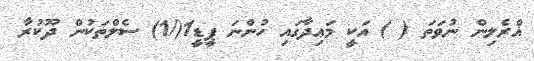
ޣްރެލިން ނުވަތަ ( ) އަކީ މަޢިދާގައި ހުންނަ ޕީޑީ1(/1) ސެލްތަކުން ދޫކުރާ